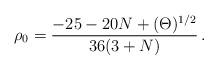
LaTeX: \begin{align*}\rho_0 =\frac{-25 - 20 N+(\Theta)^{1/2}}{36(3+N)}\,.\end{align*}